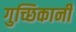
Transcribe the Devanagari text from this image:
गुच्छिकानी